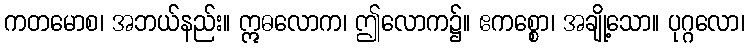
ကတမောစ၊ အဘယ်နည်း။ ဣဓလောက၊ ဤလောက၌။ ဧကစ္စော၊ အချို့သော။ ပုဂ္ဂလော၊